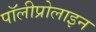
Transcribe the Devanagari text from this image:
पॉलीप्रोलाइन